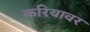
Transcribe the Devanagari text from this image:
करियावर